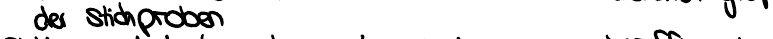
der Stichproben